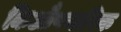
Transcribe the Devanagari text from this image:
किऔपचारिक